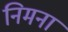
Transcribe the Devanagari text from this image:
निमना